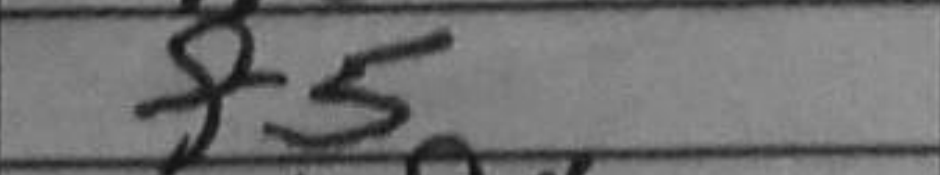
Transcription: f5